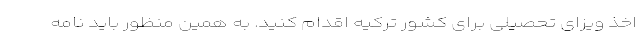
اخذ ویزای تحصیلی برای کشور ترکیه اقدام کنید. به همین منظور باید نامه